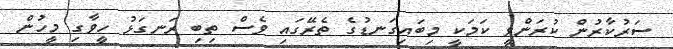
ސަރުކާރުން ކުރަންވީ ކަމަކީ މިބައިގަނޑުގެ ތެރޭގައި ވެސް ތިބި ރަނގަޅު ހީވާގި މީހުން